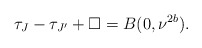
\begin{align*}\tau_{J} - \tau_{J'} + \Box = B(0, \nu^{2b}).\end{align*}